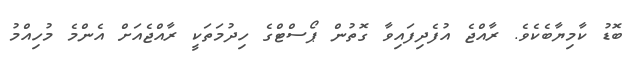
ބޮޑު ކާމިޔާބެކެވެ. ރާއްޖެ އުފެދިފައިވާ ގޮތުން ޕޯސްޓްގެ ހިދުމަތަކީ ރާއްޖެއަށް އެންމެ މުހިއްމު